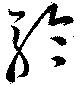
聴